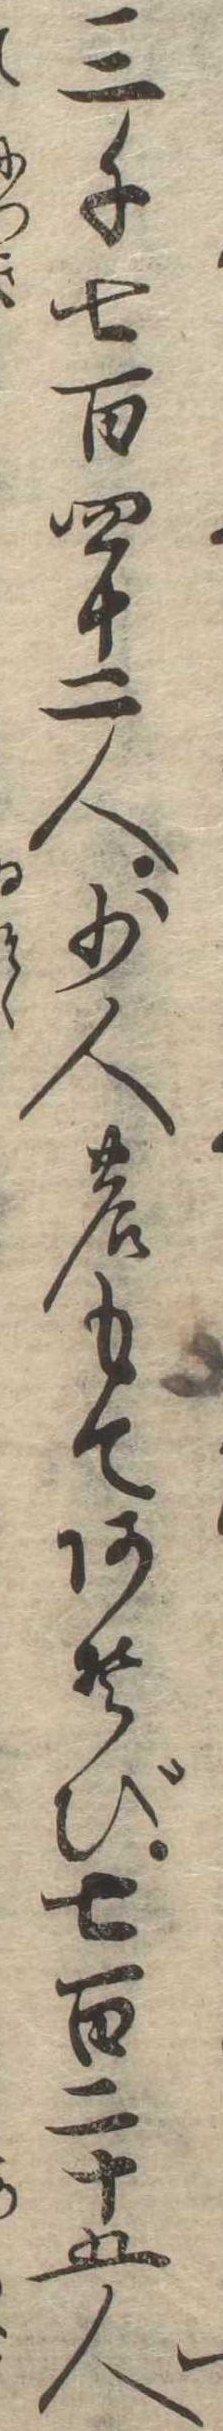
三千七百四十二人少人のもてあそび七百二十五人